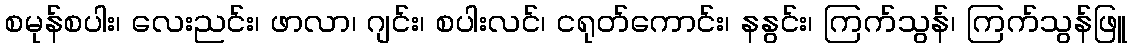
စမုန်စပါး၊ လေးညင်း၊ ဖာလာ၊ ဂျင်း၊ စပါးလင်၊ ငရုတ်ကောင်း၊ နနွင်း၊ ကြက်သွန်၊ ကြက်သွန်ဖြူ